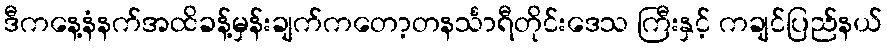
ဒီကနေ့နံနက်အထိခန့်မှန်းချက်ကတော့တနင်္သာရီတိုင်းဒေသ ကြီးနှင့် ကချင်ပြည်နယ်